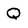
Character: Q